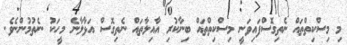
މި މިސްކިތްތައް ނެތިގޮސްފައިވަނީ މިސްކިތްތައް ބިނާކުރި އާއިލާތައް ނެތިގޮސް އަޅާލާނެ މީހަކު ނެތުމުންނެވެ.